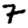
Digit: 7